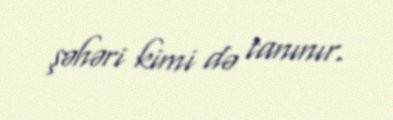
şəhəri kimi də tanınır.